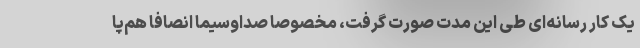
یک کار رسانه‌ای طی این مدت صورت گرفت، مخصوصا صداوسیما انصافاً هم‌پا